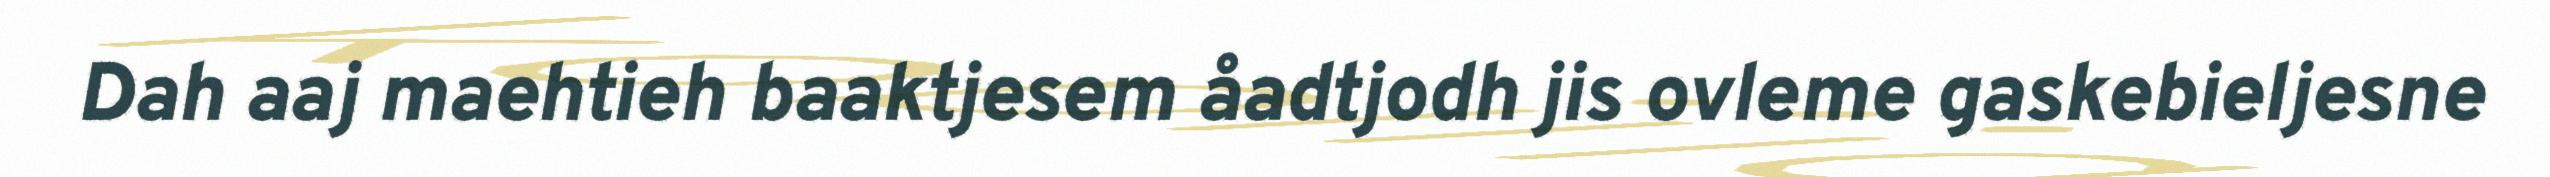
Dah aaj maehtieh baaktjesem åadtjodh jis ovleme gaskebieljesne